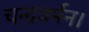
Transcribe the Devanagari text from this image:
चन्द्रवर्मन।